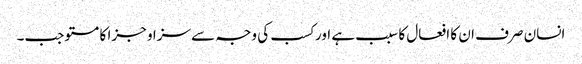
انسان صرف ان کا افعال کا سبب ہے اور کسب کی وجہ سے سزا و جزا کا مستوجب۔